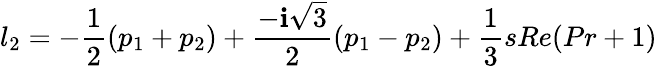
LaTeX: l_{2}=-\frac{1}{2}(p_{1}+p_{2})+\frac{-\textbf{i}\sqrt{3}}{2}(p_{1}-p_{2})+\frac{1}{3}sRe(Pr+1)